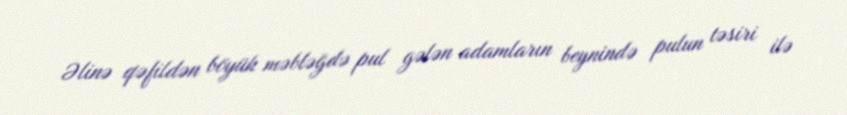
Əlinə qəfildən böyük məbləğdə pul gələn adamların beynində pulun təsiri ilə